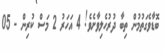
ބޮޑާވެގަތުމުން ތިބާ ދުރުހެލިވާށެވެ! 4 އަހަރު 2 މަސް ކުރިން - 05